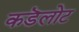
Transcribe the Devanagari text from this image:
कडॆलोट